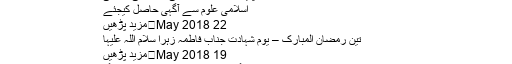
انٹرنیٹ
ترجمہ پایان نامہ زبان فارسی،زاہد علی حافظی
اسلامی علوم سے آگہی حاصل کیجئے
22 May 2018	مزید پڑھیں
تین رمضان المبارک – یوم شہادت جنابِ فاطمہ زہرا سلام اللہ علیہا
19 May 2018	مزید پڑھیں
پاکستان میں رمضان المبارک کا چاند نظر آگیا ملک بھر میں پہلا روزہ کل ہوگا
16 May 2018	مزید پڑھیں